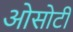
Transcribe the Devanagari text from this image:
ओसोटी